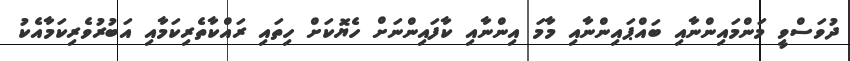
ދުވަސްވީ މަންމައިންނާއި ބައްޕައިންނާއި މާމަ އިންނާއި ކާފައިންނަށް ހެޔޮކަށް ހިތައި ރައްކާތެރިކަމާއި އަބުރުވެރިކަމާއެކު